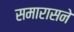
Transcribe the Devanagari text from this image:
समारासने